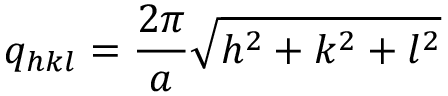
q _ { h k l } = \frac { 2 \pi } { a } \sqrt { h ^ { 2 } + k ^ { 2 } + l ^ { 2 } }